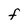
Character: F